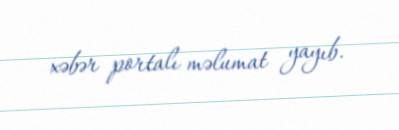
xəbər portalı məlumat yayıb.